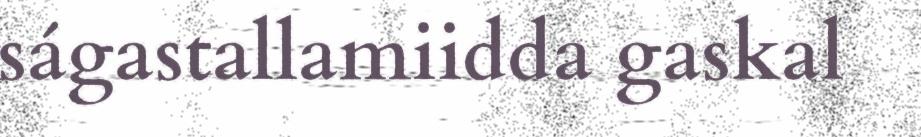
ságastallamiidda gaskal